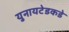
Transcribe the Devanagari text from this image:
युनायटेडकडे